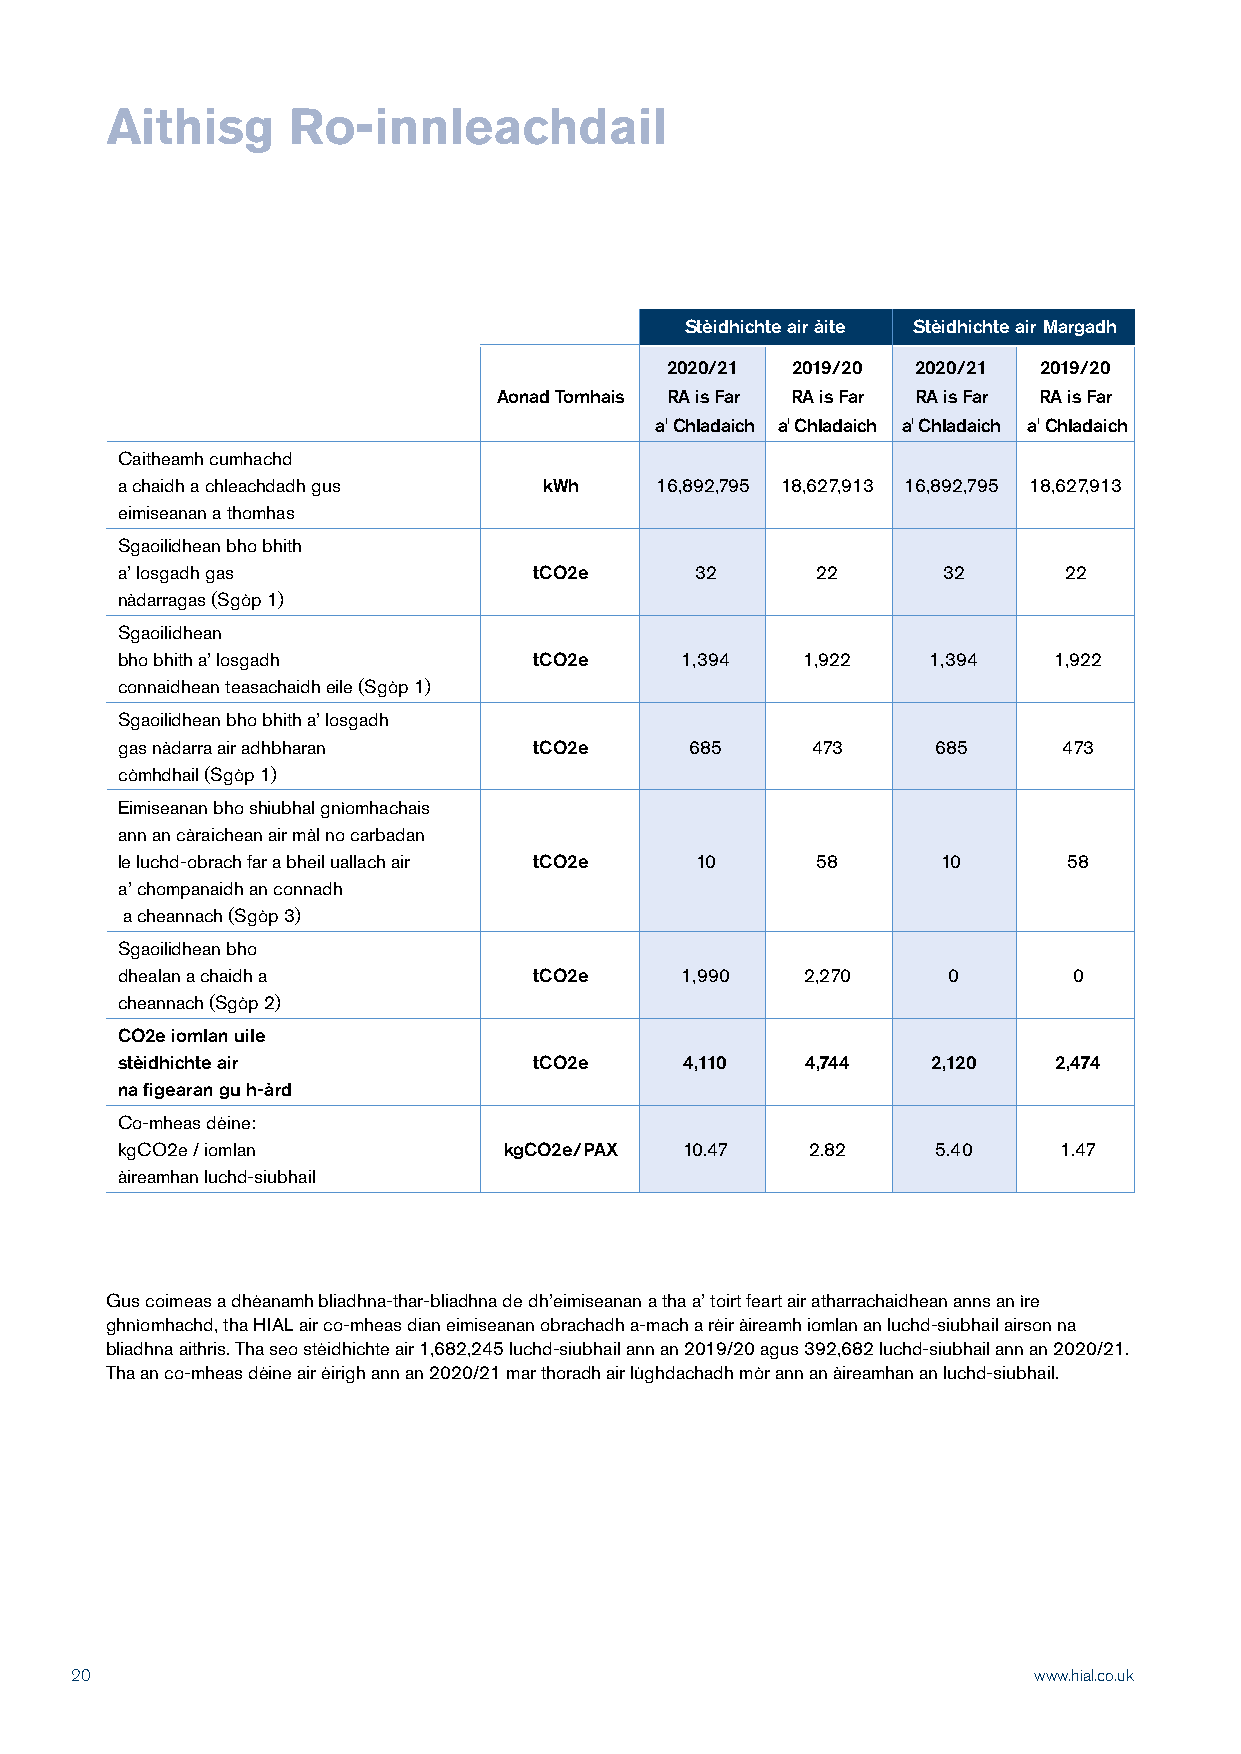
Aithisg     Ro-innleachdail
 Stèidhichte air àite Stèidhichte air Margadh
 2020/21 2019/20  2020/21 2019/20
 Aonad Tomhais RA is Far RA is Far RA is Far RA is Far
 a' Chladaich a' Chladaich a' Chladaich a' Chladaich
 Caitheamh cumhachd
 a chaidh a chleachdadh gus  kWh    16,892,795 18,627,913 16,892,795 18,627,913
 eimiseanan a thomhas
 Sgaoilidhean bho bhith
 a’ losgadh gas             tCO2e      32      22      32      22
 nàdarragas (Sgòp 1)
 Sgaoilidhean
 bho bhith a’ losgadh       tCO2e     1,394   1,922    1,394   1,922
 connaidhean teasachaidh eile (Sgòp 1)
 Sgaoilidhean bho bhith a’ losgadh
 gas nàdarra air adhbharan  tCO2e      685     473     685     473
 còmhdhail (Sgòp 1)
 Eimiseanan bho shiubhal gnìomhachais
 ann an càraichean air màl no carbadan
 le luchd-obrach far a bheil uallach air tCO2e 10 58   10       58
 a’ chompanaidh an connadh
 a cheannach (Sgòp 3)
 Sgaoilidhean bho
 dhealan a chaidh a         tCO2e     1,990   2,270     0       0
 cheannach (Sgòp 2)
 CO2e iomlan uile
 stèidhichte air            tCO2e     4,110   4,744    2,120   2,474
 na figearan gu h-àrd
 Co-mheas dèine:
 kgCO2e / iomlan          kgCO2e/PAX  10.47    2.82    5.40    1.47
 àireamhan luchd-siubhail
 Gus coimeas a dhèanamh bliadhna-thar-bliadhna de dh’eimiseanan a tha a’ toirt feart air atharrachaidhean anns an ìre
 ghnìomhachd, tha HIAL air co-mheas dian eimiseanan obrachadh a-mach a rèir àireamh iomlan an luchd-siubhail airson na
 bliadhna aithris. Tha seo stèidhichte air 1,682,245 luchd-siubhail ann an 2019/20 agus 392,682 luchd-siubhail ann an 2020/21.
 Tha an co-mheas dèine air èirigh ann an 2020/21 mar thoradh air lùghdachadh mòr ann an àireamhan an luchd-siubhail.
 20                                                             www.hial.co.uk